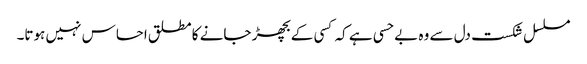
مسلسل شکست دل سے وہ بے حسی ہے کہ کسی کے بچھڑ جانے کا مطلق احساس نہیں ہوتا۔